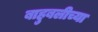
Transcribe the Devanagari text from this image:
बाहुबलीच्या